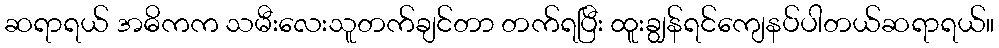
ဆရာရယ် အဓိကက သမီးလေးသူတက်ချင်တာ တက်ရပြီး ထူးချွန်ရင်ကျေနပ်ပါတယ်ဆရာရယ်။